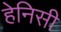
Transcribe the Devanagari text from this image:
हेनिसी